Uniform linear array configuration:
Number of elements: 64
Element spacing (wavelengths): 0.25
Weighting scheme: binomial
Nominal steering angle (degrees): -60
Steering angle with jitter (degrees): -61.368
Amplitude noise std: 0.05
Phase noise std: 0.05

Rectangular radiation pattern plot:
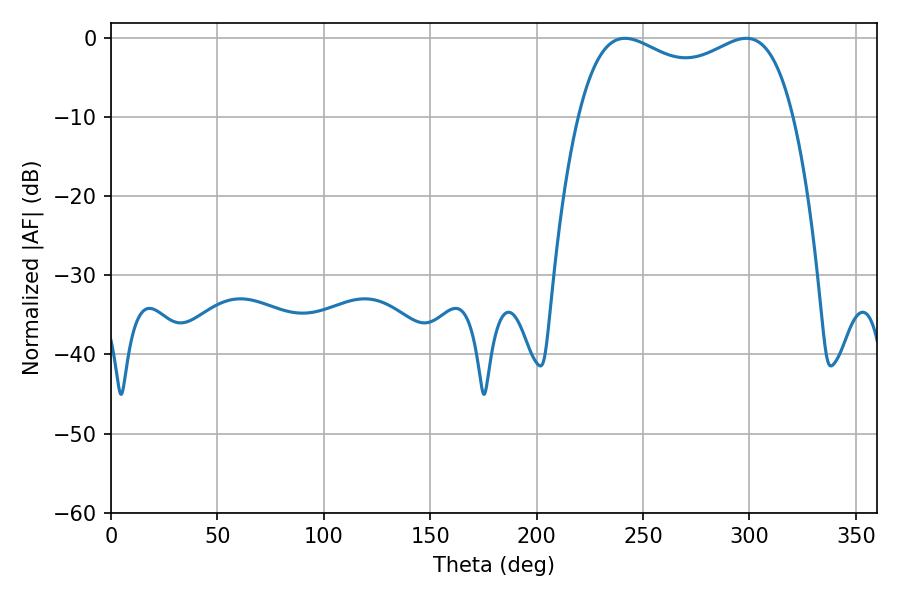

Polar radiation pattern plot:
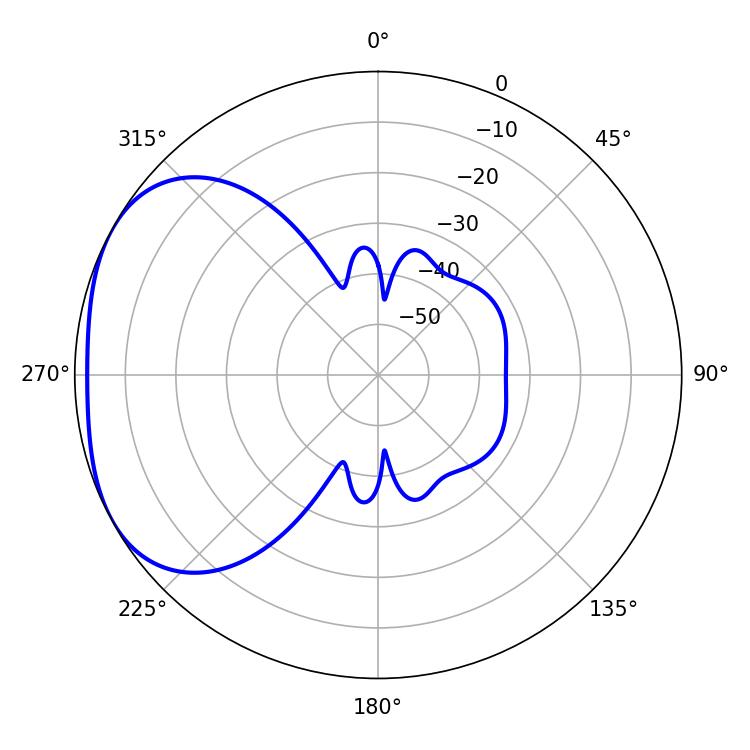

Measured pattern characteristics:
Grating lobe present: FALSE
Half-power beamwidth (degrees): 83.52
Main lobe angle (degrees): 241.56